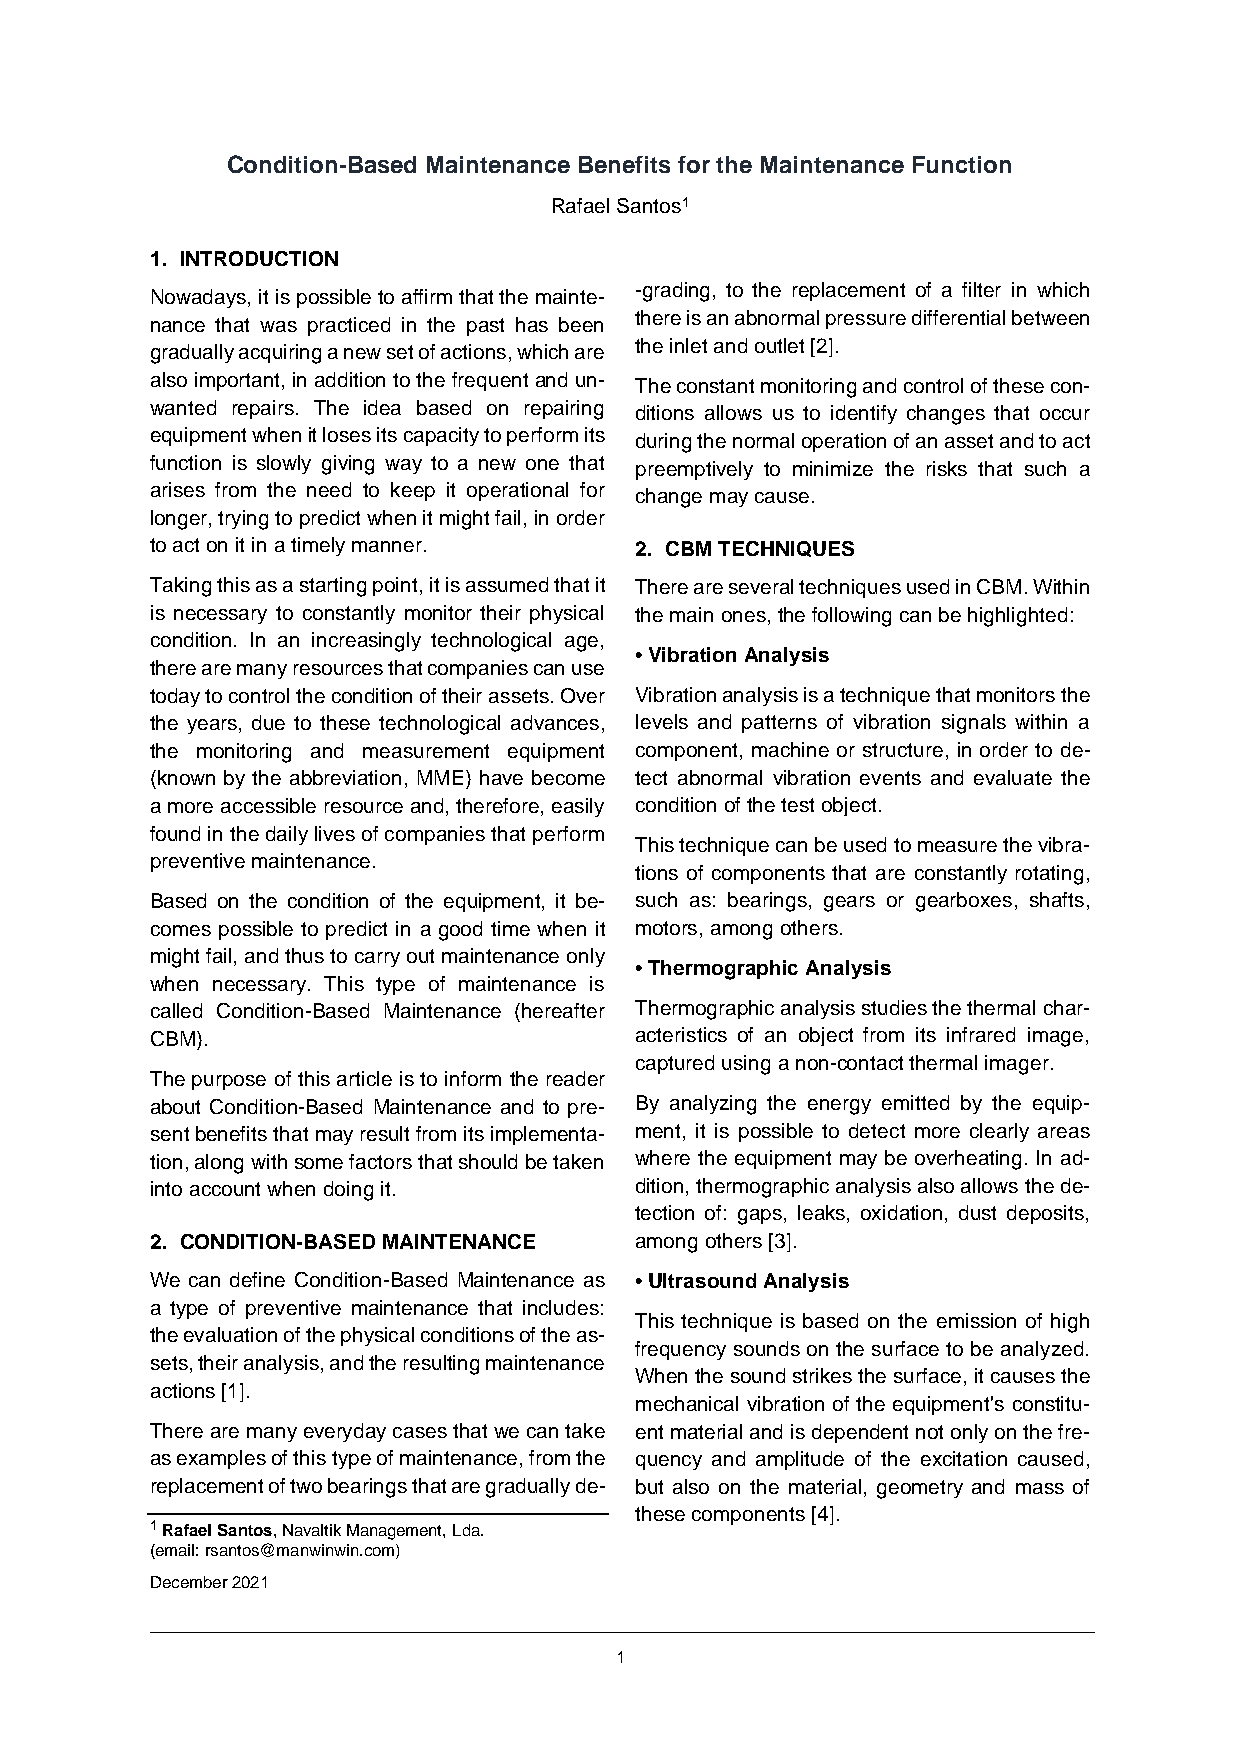
Condition-Based Maintenance Benefits for the Maintenance Function
 Rafael Santos1
 1. INTRODUCTION
 -grading, to the replacement of a filter in which
 Nowadays, it is possible to affirm that the mainte-
 there is an abnormal pressure differential between
 nance that was practiced in the past has been
 the inlet and outlet [2].
 gradually acquiring a new set of actions, which are
 also important, in addition to the frequent and un- The constant monitoring and control of these con-
 wanted repairs. The idea based on repairing ditions allows us to identify changes that occur
 equipment when it loses its capacity to perform its during the normal operation of an asset and to act
 function is slowly giving way to a new one that preemptively to minimize the risks that such a
 arises from the need to keep it operational for change may cause.
 longer, trying to predict when it might fail, in order
 to act on it in a timely manner. 2. CBM TECHNIQUES
 Taking this as a starting point, it is assumed that it There are several techniques used in CBM. Within
 is necessary to constantly monitor their physical the main ones, the following can be highlighted:
 condition. In an increasingly technological age,
 • Vibration Analysis
 there are many resources that companies can use
 today to control the condition of their assets. Over Vibration analysis is a technique that monitors the
 the years, due to these technological advances, levels and patterns of vibration signals within a
 the monitoring and measurement equipment component, machine or structure, in order to de-
 (known by the abbreviation, MME) have become tect abnormal vibration events and evaluate the
 a more accessible resource and, therefore, easily condition of the test object.
 found in the daily lives of companies that perform
 This technique can be used to measure the vibra-
 preventive maintenance.
 tions of components that are constantly rotating,
 Based on the condition of the equipment, it be- such as: bearings, gears or gearboxes, shafts,
 comes possible to predict in a good time when it motors, among others.
 might fail, and thus to carry out maintenance only
 • Thermographic Analysis
 when necessary. This type of maintenance is
 called Condition-Based Maintenance (hereafter Thermographic analysis studies the thermal char-
 CBM).                           acteristics of an object from its infrared image,
 captured using a non-contact thermal imager.
 The purpose of this article is to inform the reader
 about Condition-Based Maintenance and to pre- By analyzing the energy emitted by the equip-
 sent benefits that may result from its implementa- ment, it is possible to detect more clearly areas
 tion, along with some factors that should be taken where the equipment may be overheating. In ad-
 into account when doing it.     dition, thermographic analysis also allows the de-
 tection of: gaps, leaks, oxidation, dust deposits,
 2. CONDITION-BASED MAINTENANCE  among others [3].
 We can define Condition-Based Maintenance as • Ultrasound Analysis
 a type of preventive maintenance that includes:
 This technique is based on the emission of high
 the evaluation of the physical conditions of the as-
 frequency sounds on the surface to be analyzed.
 sets, their analysis, and the resulting maintenance
 When the sound strikes the surface, it causes the
 actions [1].
 mechanical vibration of the equipment's constitu-
 There are many everyday cases that we can take ent material and is dependent not only on the fre-
 as examples of this type of maintenance, from the quency and amplitude of the excitation caused,
 replacement of two bearings that are gradually de- but also on the material, geometry and mass of
 these components [4].
 1 Rafael Santos, Navaltik Management, Lda.
 (email: rsantos@manwinwin.com)
 December 2021
 1